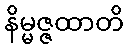
နိမ္မဇ္ဇထာတိ